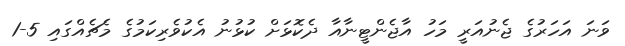
ވަނަ އަހަރުގެ ޖެނުއަރީ މަހު އާޖެންޓީނާއާ ދެކޮޅަށް ކުޅުނު އެކުވެރިކަމުގެ މެޗެއްގައި 5-1